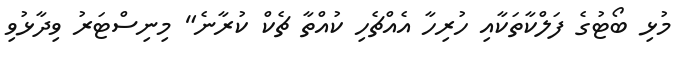
މުޅި ބޯޓުގެ ފަލްކާތަކާއި ހުރިހާ އެއްޗެހި ކުއްތާ ޗެކް ކުރާނެ" މިނިސްޓަރު ވިދާޅުވި